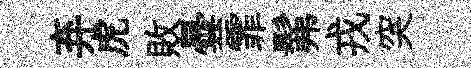
弃虎敗曇霏髴戎突